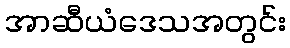
အာဆီယံဒေသအတွင်း